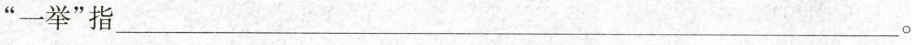
”一举”指___。